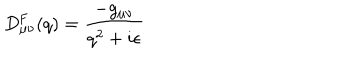
D _ { \mu \nu } ^ { \mathrm { F } } ( q ) = \frac { - g _ { \mu \nu } } { q ^ { 2 } + i \epsilon }